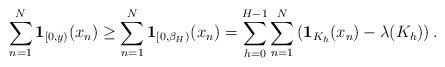
LaTeX: \begin{align*} \sum_{n=1}^N\mathbf{1}_{[0,y)}(x_n) \geq \sum_{n=1}^{N}\mathbf{1}_{[0,\beta_H)}(x_n) = \sum_{h=0}^{H-1}\sum_{n=1}^N\left(\mathbf{1}_{K_{h}}(x_n)-\lambda(K_h)\right).\end{align*}